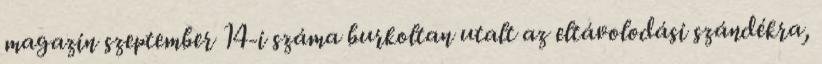
magazin szeptember 14-i száma burkoltan utalt az eltávolodási szándékra,